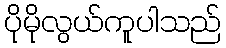
ပိုမိုလွယ်ကူပါသည်